King Institute of Preventive Medicine Micro-Biological Section reports 1909-11
Year: 1909
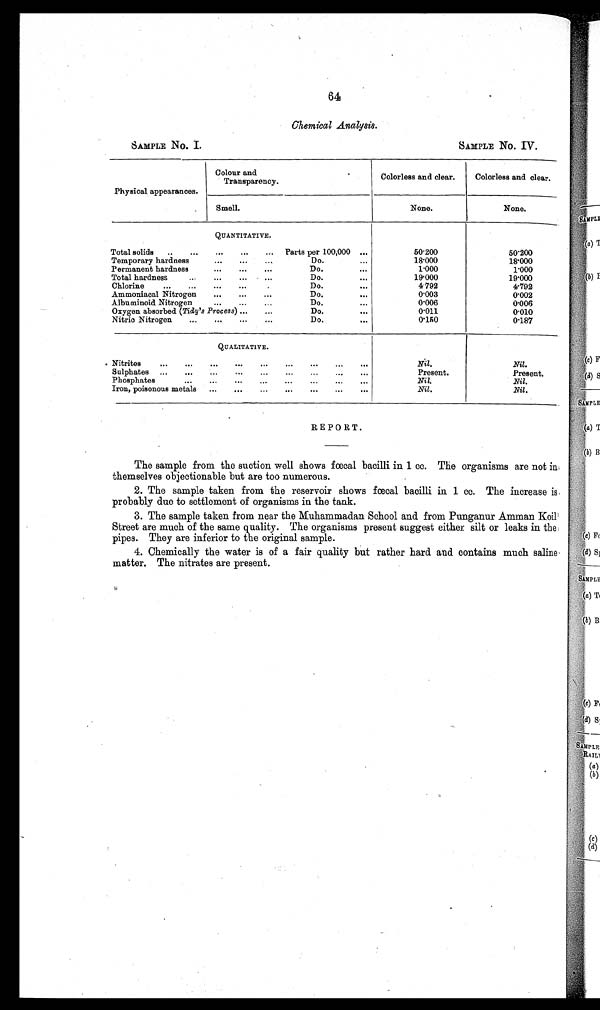
64
Chemical Analysis.
SAMPLE No. I.
SAMPLE No. IV.
Physical appearances.
Colour and
Transparency-
Smell.
Colorless and clear.
None.
Colorless and clear.
None.
QUANTITATIVE.
Total solids
.-
-..
...
...
Parts per 100,000 ...
Temporary hardness
...
.
Do.
...
Permanent hardness
...
-..
.--
Do.
. .
Total hardness
...
.
...
Do.
. . .
Chlorine
...
...
..-
..-
Do.
. . .
Ammoniacal Nitrogen
...
...
Do.
. . .
Albuminoid Nitrogen
...
...
Do.
. . .
Oxygen absorbed (Tidy's Process) ...
-..
Do.
. . .
Nitric Nitrogen
--.
...
...
-..
Do.
. . .
50.200
18.000
1.000
19.000
4.792
0.003
0.006
0.011
0 . 1 5 0
50.200
18.000
1.000
19.000
4.792
0.002
0.006
0.010
0.187
QUALITATIVE-
. Nitrites
..-
...
...
.-.
. . .
..-
.-.
...
Sulphates
.-.
...
...
..-
...
...
.-.
---
Phosphates
...
..-
.-.
...
-..
..-
Iron, poisonous metals
...
...
...
...
...
...
. . .
Nil.
Present.
Nil.
Nil.
Nil.
Present.
Nil.
Nil.
REPORT.
The sample from the suction well shows fœcal bacilli in 1 cc. The organisms are not in
themselves objectionable but are too numerous.
2. The sample taken from the reservoir shows fœcal bacilli in 1 cc. The increase is,
probably due to settlement of organisms in the tank.
3. The sample taken from near the Muhammadan School and from Punganur Amman Koil'
Street are much of the same quality. The organisms present suggest either silt or leaks in the
pipes. They are inferior to the original sample.
4. Chemically the water is of a fair quality but rather hard and contains much saline
matter. The nitrates are present.